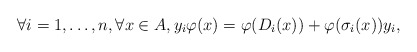
\begin{align*} \forall i = 1, \ldots, n, \forall x \in A, y_{i} \varphi(x) = \varphi(D_{i}(x)) + \varphi(\sigma_{i}(x)) y_{i},\end{align*}